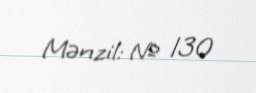
Mənzil: № 130